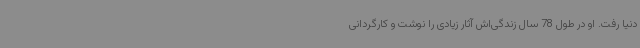
دنیا رفت. او در طول 78 سال زندگی‌اش آثار زیادی را نوشت و کارگردانی